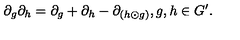
\partial _ { g } \partial _ { h } = \partial _ { g } + \partial _ { h } - \partial _ { ( h \odot g ) } , g , h \in G ^ { \prime } .